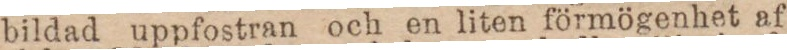
bildad uppfostran och en liten förmögenhet af